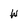
Character: w